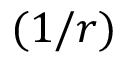
( 1 / r )